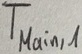
Text: TMain,1